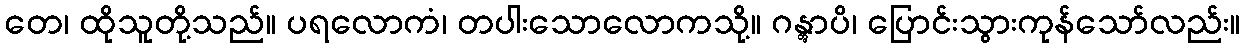
တေ၊ ထိုသူတို့သည်။ ပရလောကံ၊ တပါးသောလောကသို့။ ဂန္တွာပိ၊ ပြောင်းသွားကုန်သော်လည်း။